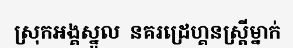
ស្រុកអង្គស្នួល  នគរដ្រេហ្គនស្ត្រីម្នាក់